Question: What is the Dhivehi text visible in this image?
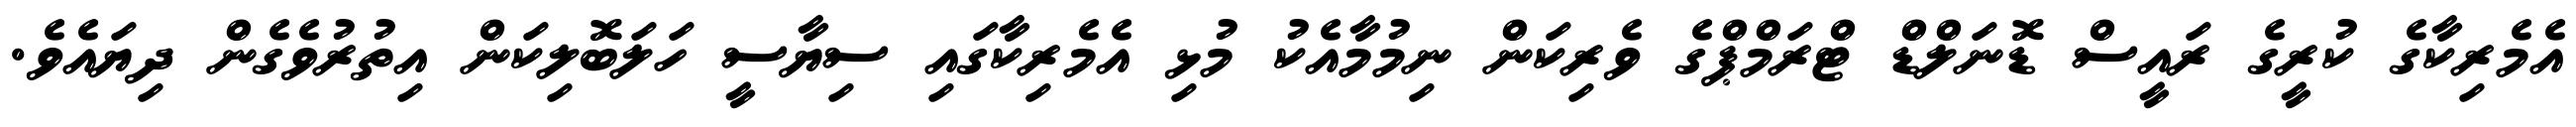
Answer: އެމެރިކާގެ ކުރީގެ ރައީސް ޑޮނަލްޑް ޓްރަމްޕްގެ ވެރިކަން ނިމުމާއެކު މުޅި އެމެރިކާގައި ސިޔާސީ ހަލަބޮލިކަން އިތުރުވެގެން ދިޔައެވެ.